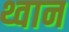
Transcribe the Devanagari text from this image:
थ्वान